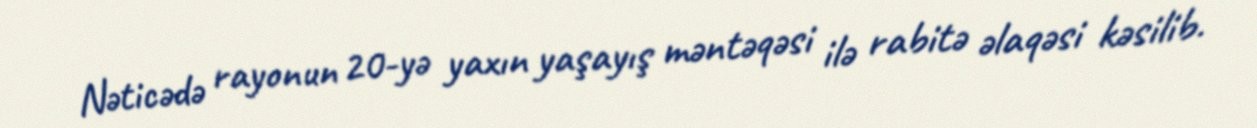
Nəticədə rayonun 20-yə yaxın yaşayış məntəqəsi ilə rabitə əlaqəsi kəsilib.